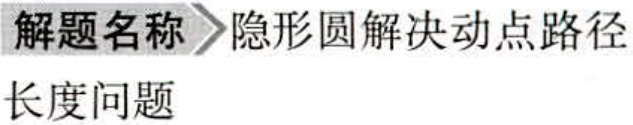
解题名称\(>\)隐形圆解决动点路径长度问题